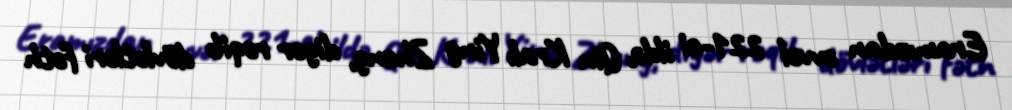
Eramızdan əvvəl 221-ci ildə, Qin Kralı Ying Zheng, digər rəqib dövlətləri fəth